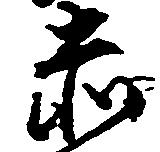
赤